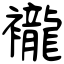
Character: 襱